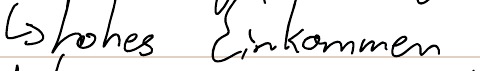
-> hohes Einkommen